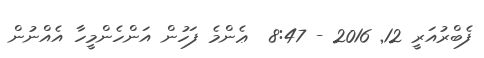
ފެބްރުއަރީ 12